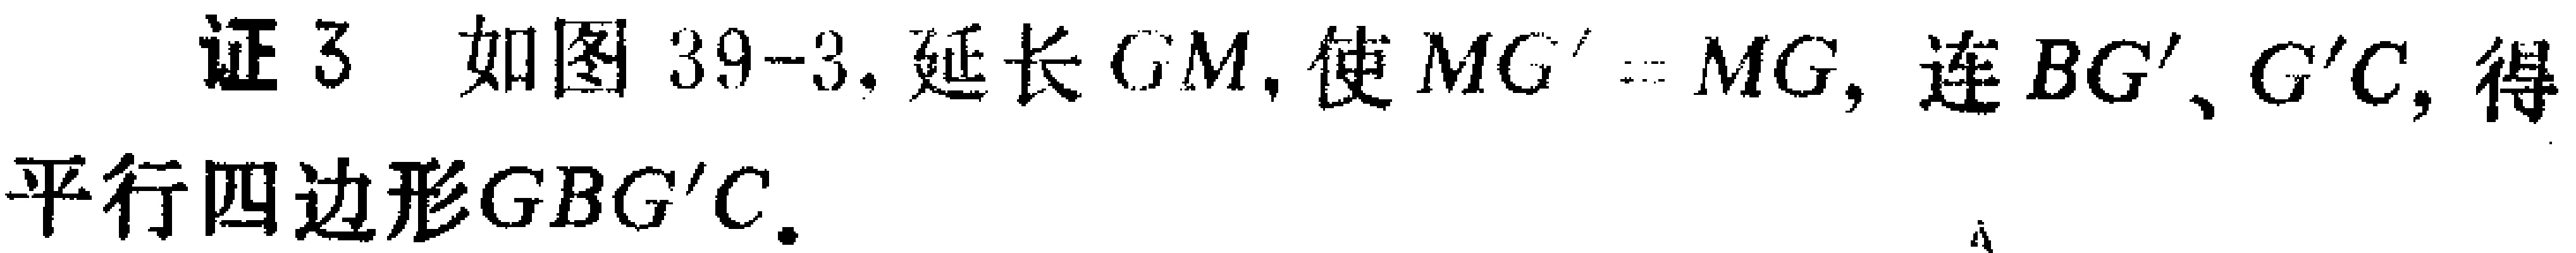
证3 如图39-3. 延长 \(GM\)，使 \(MG' = MG\)，连 \(BG'\)、\(G'C\)，得平行四边形\(GBG'C\).